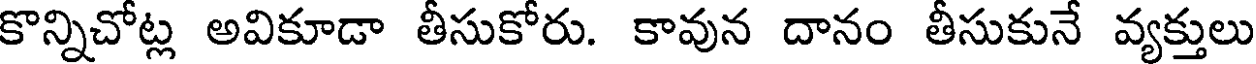
కొన్నిచోట్ల అవికూడా తీసుకోరు. కావున దానం తీసుకునే వ్యక్తులు